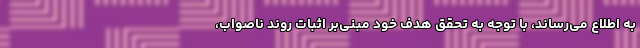
به اطلاع می‌رساند، با توجه به تحقق هدف خود مبنی‌بر اثبات روند ناصواب،